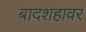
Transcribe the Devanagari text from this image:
बादशहावर